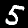
Digit: 5